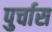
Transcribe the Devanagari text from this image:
पुर्चास